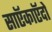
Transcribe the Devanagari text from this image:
साऍकाऍदो